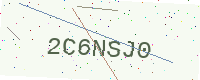
Text: 2C6NSJ0